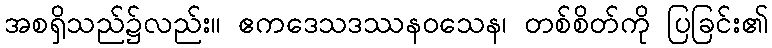
အစရှိသည်၌လည်း။ ဧကဒေသဒဿနဝသေန၊ တစ်စိတ်ကို ပြခြင်း၏